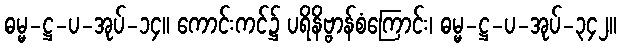
ဓမ္မ-ဋ္ဌ-ပ-အုပ်-၁၄။ ကောင်းကင်၌ ပရိနိဗ္ဗာန်စံကြောင်း၊ ဓမ္မ-ဋ္ဌ-ပ-အုပ်-၃၄၂။